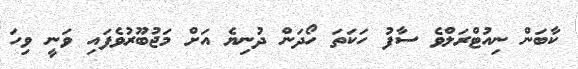
ކާބަން ނިއުޓްރަލްވެ ސާފު ހަކަތަ ހޯދަން ދުނިޔެ އަށް މަޖުބޫރުވެފައި ވަނީ ވިހަ